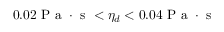
0 . 0 2 \mathrm { ~ P ~ a ~ } \cdot \mathrm { ~ s ~ } < { { \eta } _ { d } } < 0 . 0 4 \mathrm { ~ P ~ a ~ } \cdot \mathrm { ~ s ~ }